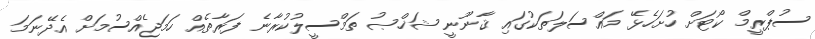
ސުޕްރީމް ކޯޓަށް ހުށަހެޅޭ މައްސަލަތަކުގައި ޤާނޫނީ ޝަޚްޞު ތަމްސީލުކުރާނެ ފަރާތެއް ހަމަޖެއްސުމަށް އެދޭނަމަ